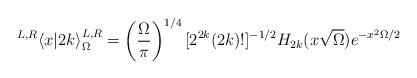
LaTeX: \begin{align*}{}^{L,R}\langle x | 2k \rangle^{L,R}_\Omega = \left({{ \Omega} \over {\pi}} \right)^{1/4} [2^{2k} (2k)!]^{-1/2} H_{2k} (x \sqrt{\Omega }) e^{-x^2 \Omega/2}\end{align*}